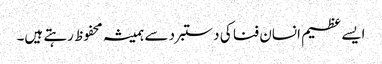
ایسے عظیم انسان فنا کی دستبرد سے ہمیشہ محفوظ رہتے ہیں۔